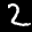
Label: 2